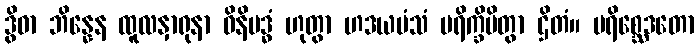
ဒွိဓာ ဘိန္နေန ထူလနှာရုနာ ဝိနိဗဒ္ဓံ ဟုတွာ ဟဒယမံသံ ပရိက္ခိပိတွာ ဌိတံ။ ပရိစ္ဆေဒတော